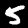
Label: 5